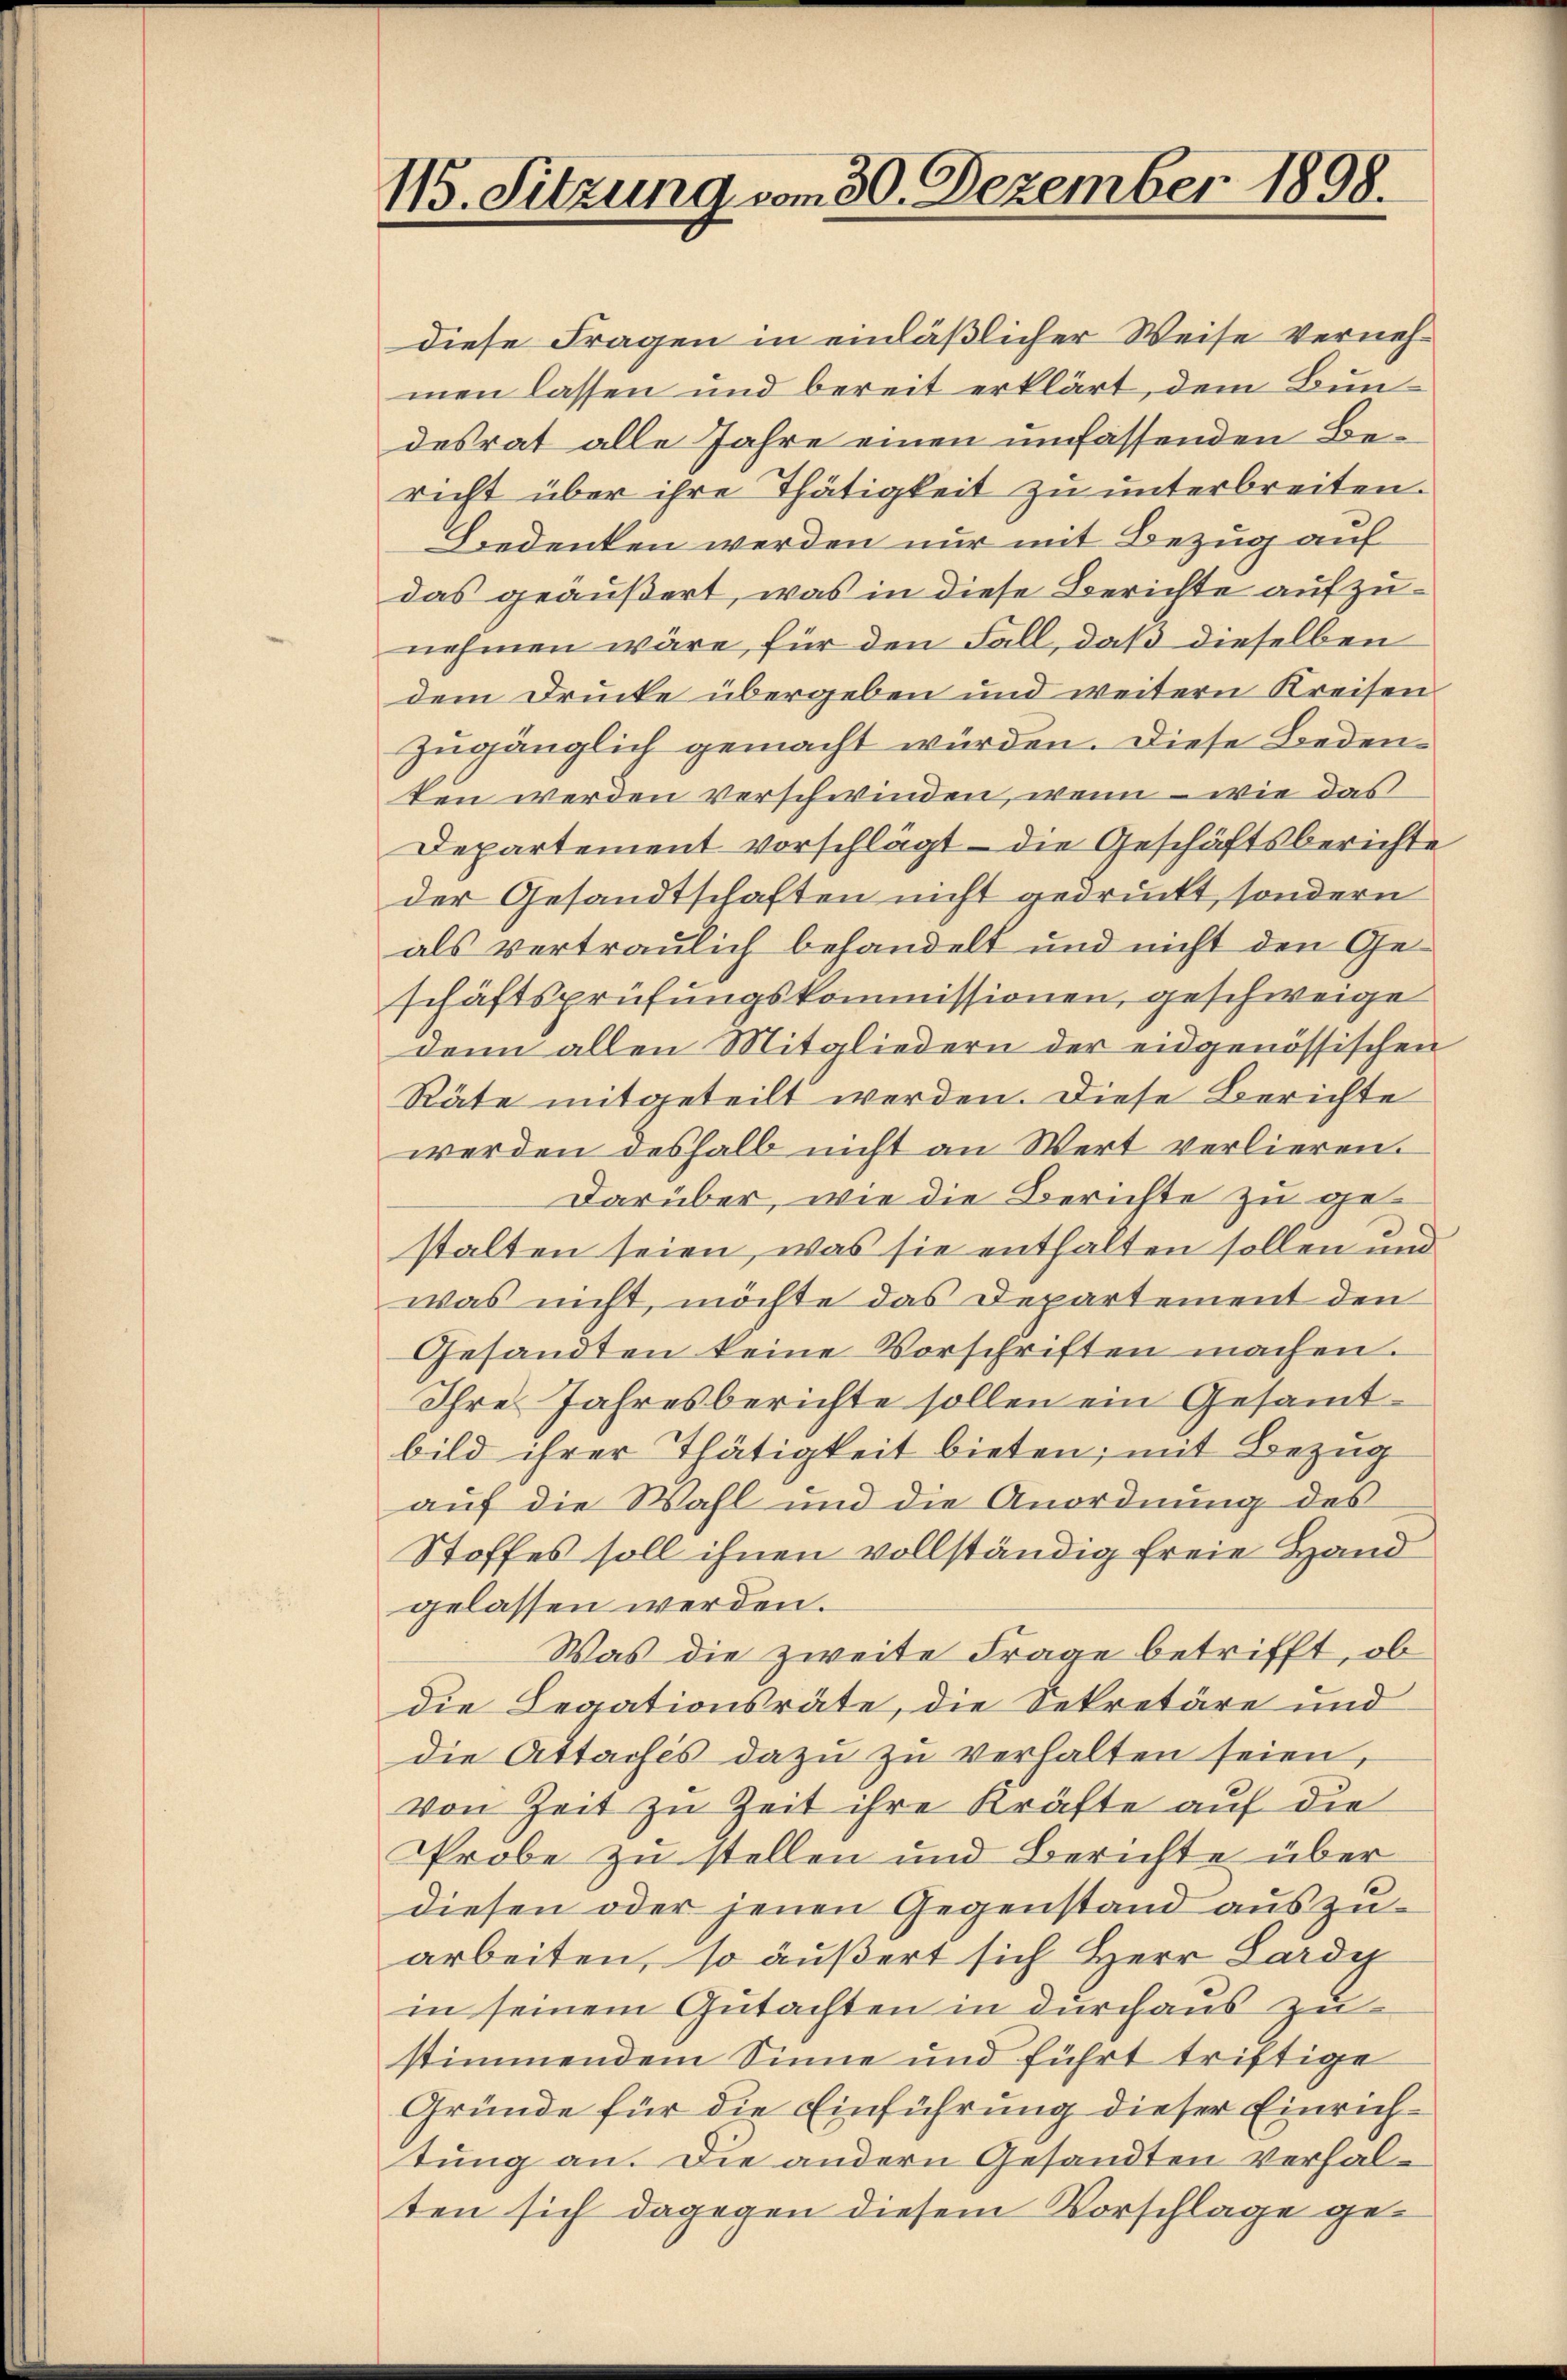
115. Sitzung vom 30. Dezember 1898.

diese Fragen in einläßlicher Weise Vernehmen lassen und bereit erklärt, dem Bundesrat alle Jahre einen umfassenden Bericht über ihre Thätigkeit zu unterbreiten.
Biedenken werden nur mit Bezug auf
das geäußert, was in diese Berichte aufzunehmen wäre, für den Fall, daß dieselben
dem Drucke übergeben und weitern Kreisen
zugänglich gemacht würden. Diese Bedeuten werden verschwinden, wenn – wie das
Departement vorschlägt – die Geschäftsberichte
der Gesandtschaften nicht gedruckt, sondern
als vertraulich behandelt und nicht den Geschäftsprüfungskommissionen, geschweige
denn allen Mitgliedern der eidgenössischen
Räte mitgeteilt werden. Diese Berichte
werden deshalb nicht an Wert verlieren.
Darüber, wie die Berichte zu gestalten seien, was sie enthalten sollen und
was nicht, möchte das Departement den
Gesandten keine Vorschriften machen.
Ihre Jahresberichte sollen ein Gesammtbild ihrer Thätigkeit bieten; mit Bezug
auf die Wahl und die Anordnung des
Stoffes soll ihnen vollständig freie Hand
gelassen werden.
Was die zweite Frage betrifft, ob
die Legationsräte, die Sekretäre und
die Attachés dazu zu verhalten seien,
von Zeit zu Zeit ihre Kräfte auf die
Probe zu stellen und Berichte über
diesen oder jenen Gegenstand auszuarbeiten, so äußert sich Herr Lardy
in seinem Gutachten in durchaus zustimmendem Sinne und führt triftige
Gründe für die Einführung dieser Einrichtung an. Die andern Gesandten verhalten sich dagegen diesem Vorschlage ge¬